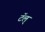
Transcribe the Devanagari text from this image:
टॅल्